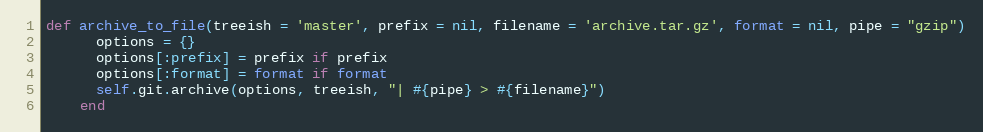
Language: Ruby
def archive_to_file(treeish = 'master', prefix = nil, filename = 'archive.tar.gz', format = nil, pipe = "gzip")
      options = {}
      options[:prefix] = prefix if prefix
      options[:format] = format if format
      self.git.archive(options, treeish, "| #{pipe} > #{filename}")
    end